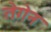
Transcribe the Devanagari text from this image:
तेगेन